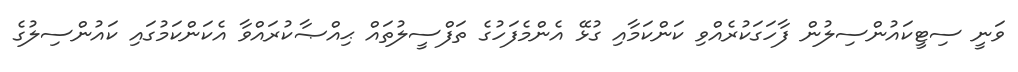
ވަނީ ސިޓީކައުންސިލުން ފާހަގަކުރެއްވި ކަންކަމާއި ގުޅޭ އެންމެފަހުގެ ތަފްސީލުތައް ޙިއްޞާކުރައްވާ އެކަންކަމުގައި ކައުންސިލުގެ